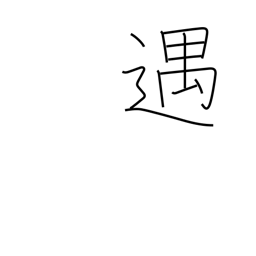
Meaning: entertain